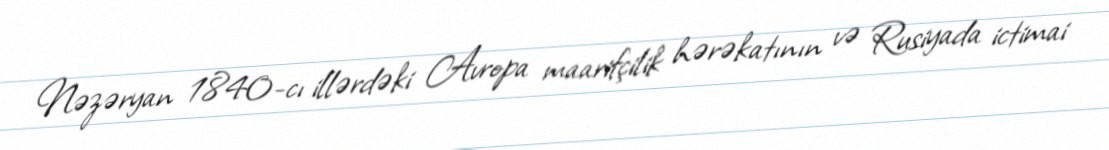
Nəzəryan 1840-cı illərdəki Avropa maarifçilik hərəkatının və Rusiyada ictimai